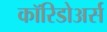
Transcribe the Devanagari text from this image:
कॉरिडोअर्स